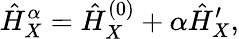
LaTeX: \hat{H}_{X}^{\alpha}=\hat{H}_{X}^{(0)}+\alpha\hat{H}_{X}^{\prime},